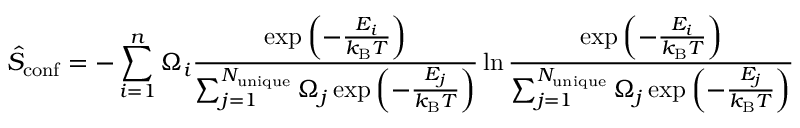
\hat { S } _ { \mathrm { c o n f } } = - \sum _ { i = 1 } ^ { n } \Omega _ { i } \frac { \exp { \left( - \frac { E _ { i } } { k _ { \mathrm { B } } T } \right) } } { \sum _ { j = 1 } ^ { N _ { \mathrm { u n i q u e } } } \Omega _ { j } \exp { \left( - \frac { E _ { j } } { k _ { \mathrm { B } } T } \right) } } \ln { \frac { \exp { \left( - \frac { E _ { i } } { k _ { \mathrm { B } } T } \right) } } { \sum _ { j = 1 } ^ { N _ { \mathrm { u n i q u e } } } \Omega _ { j } \exp { \left( - \frac { E _ { j } } { k _ { \mathrm { B } } T } \right) } } }